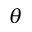
\boldsymbol { \theta }